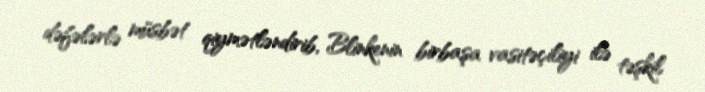
dəfələrlə müsbət qiymətləndirib, Blinkenin birbaşa vasitəçiliyi ilə təşkil